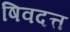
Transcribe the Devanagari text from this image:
षिवदत्त